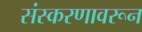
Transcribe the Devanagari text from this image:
संस्करणावरून